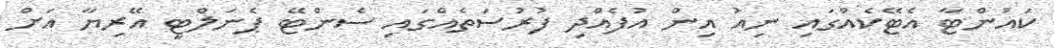
ކައުންޓާ އެޓޭކެއްގައި ނިއު އިން އުފެއްދި ފުރުސަތެއްގައި ސެންޓޭ ޕެނަލްޓީ އޭރިޔާ އަށް